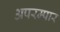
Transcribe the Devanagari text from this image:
अपरम्पार